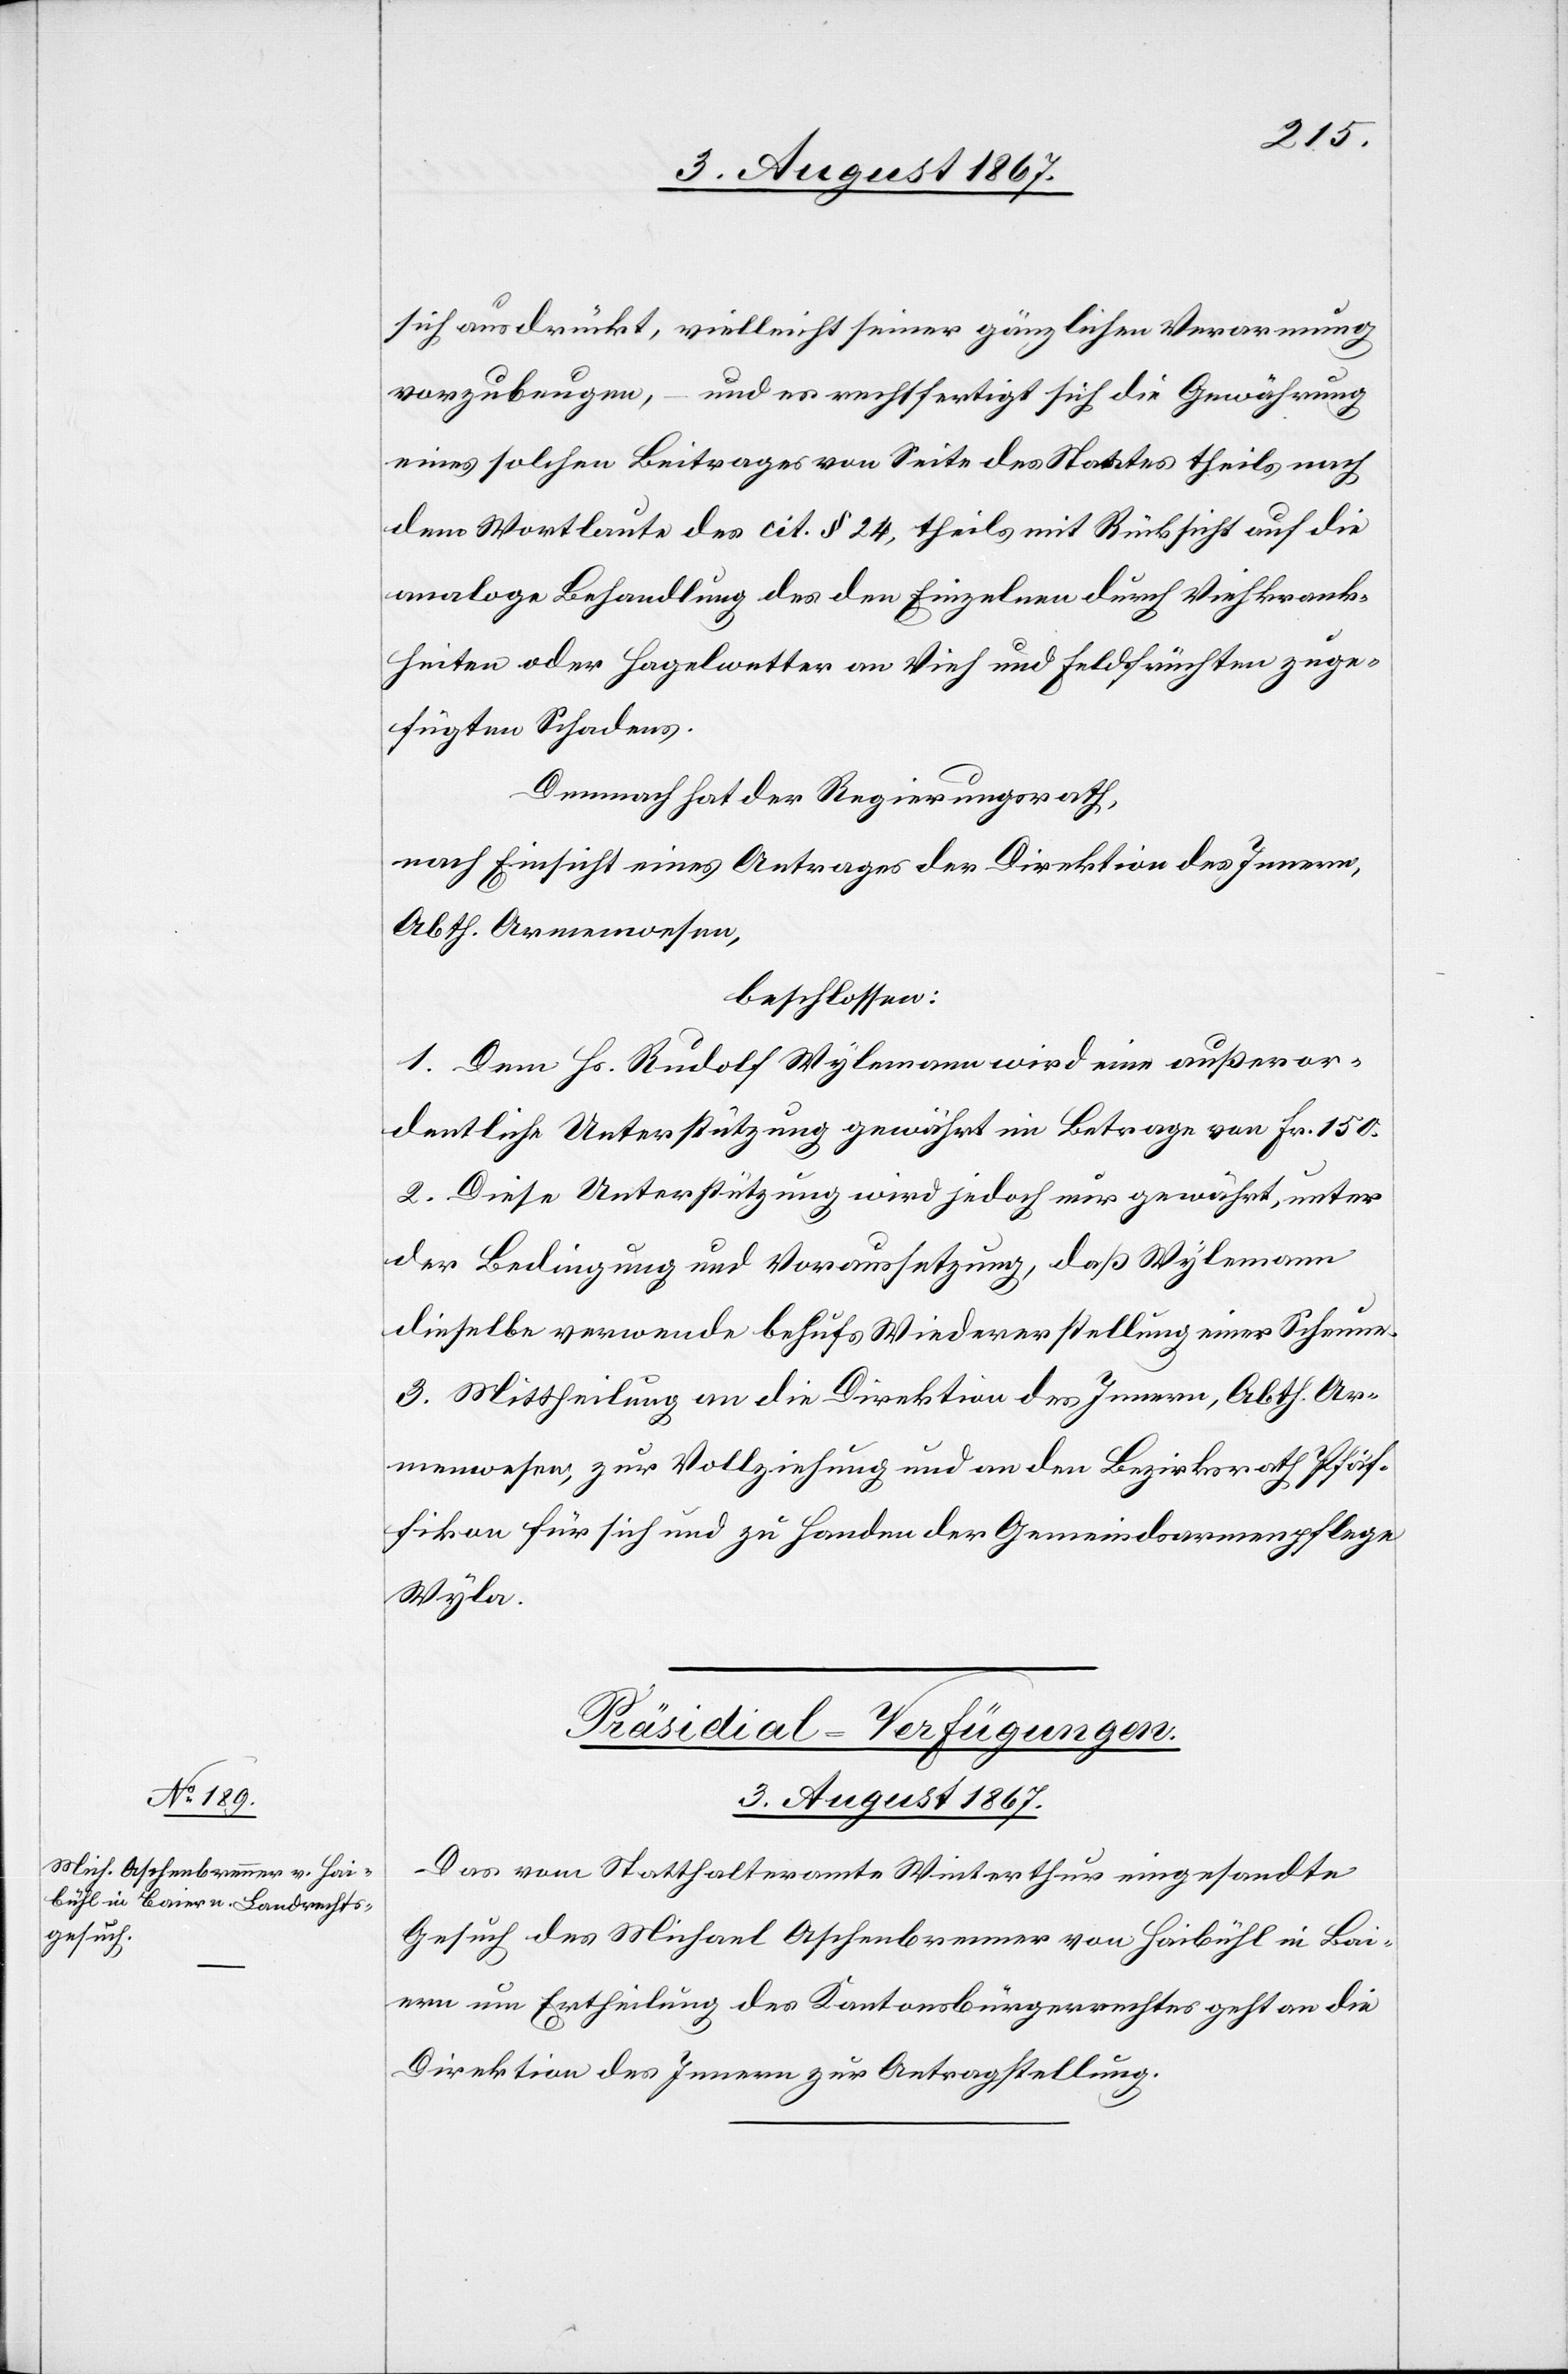
sich ausdrückt, vielleicht seiner gänzlichen Verarmung
vorzubeugen, – und es rechtfertigt sich die Gewährung
eines solchen Beitrages von Seite des Staates theils nach
dem Wortlaute des cit. § 24, theils mit Rücksicht auf die
analoge Behandlung des den Einzelnen durch Viehkrank¬
heiten oder Hagelwetter an Vieh und Feldfrüchten zuge¬
fügten Schadens.
Demnach hat der Regierungsrath,
nach Einsicht eines Antrages der Direktion des Innern,
Abth. Armenwesen,
beschlossen:
1. Dem Hs. Rudolf Wylemann wird eine außeror¬
dentliche Unterstützung gewährt im Betrage von Fr. 150.
2. Diese Unterstützung wird jedoch nur gewährt, unter
der Bedingung und Voraussetzung, daß Wylemann
dieselbe verwende behufs Wiederherstellung einer Scheune.
3. Mittheilung an die Direktion des Innern, Abth. Ar¬
menwesen, zur Vollziehung und an den Bezirksrath Pfäf¬
fikon für sich und zu Handen der Gemeindsarmenpflege
Wyla.
Präsidial-Verfügungen.
3. August 1867.
Das vom Statthalteramte Winterthur eingesandte
Gesuch des Michael Aschenbrenner v. Haibühl in Bai¬
ern um Ertheilung des Kantonsbürgerrechtes geht an die
Direktion des Innern zur Antragstellung.